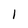
Character: 1